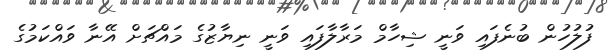
ފުލުހުން ބުނެފައި ވަނީ ޝިހާމް މަރާލާފައި ވަނީ ނިޔާޒުގެ މައްޗަށް އޭނާ ވައްކަމުގެ